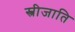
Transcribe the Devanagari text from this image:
स्त्रीजाति